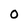
Character: O